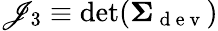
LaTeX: \mathscr{J}_{3}\equiv\mathrm{{det}}(\mathbf{{\Sigma}}_{\mathrm{{~d~e~v~}}})